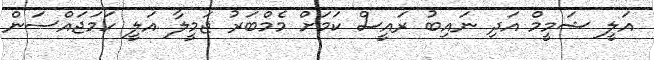
އަލީ ޝަމީމް އަދި ނައިބު ރައީސް ކަމަށް މެމްބަރު ޖަމީލާ އަލީ ހަމަޖައްސަން